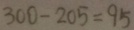
3 0 0 - 2 0 5 = 9 5